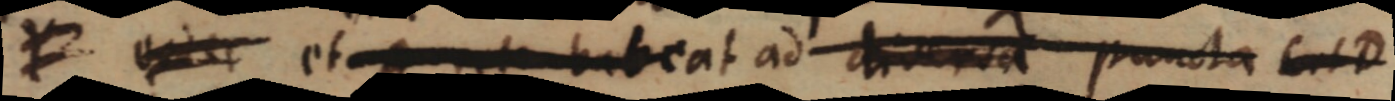
Y _ A sit habeat ad diversa puncta C et D